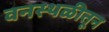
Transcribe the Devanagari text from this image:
वनस्थळीतून